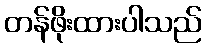
တန်ဖိုးထားပါသည်